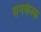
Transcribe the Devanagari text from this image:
सनकेत्क